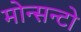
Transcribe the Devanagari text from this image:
मोन्सन्टो